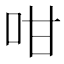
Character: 咁